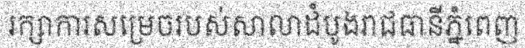
រក្សាការសម្រេចរបស់សាលាដំបូងរាជធានីភ្នំពេញ